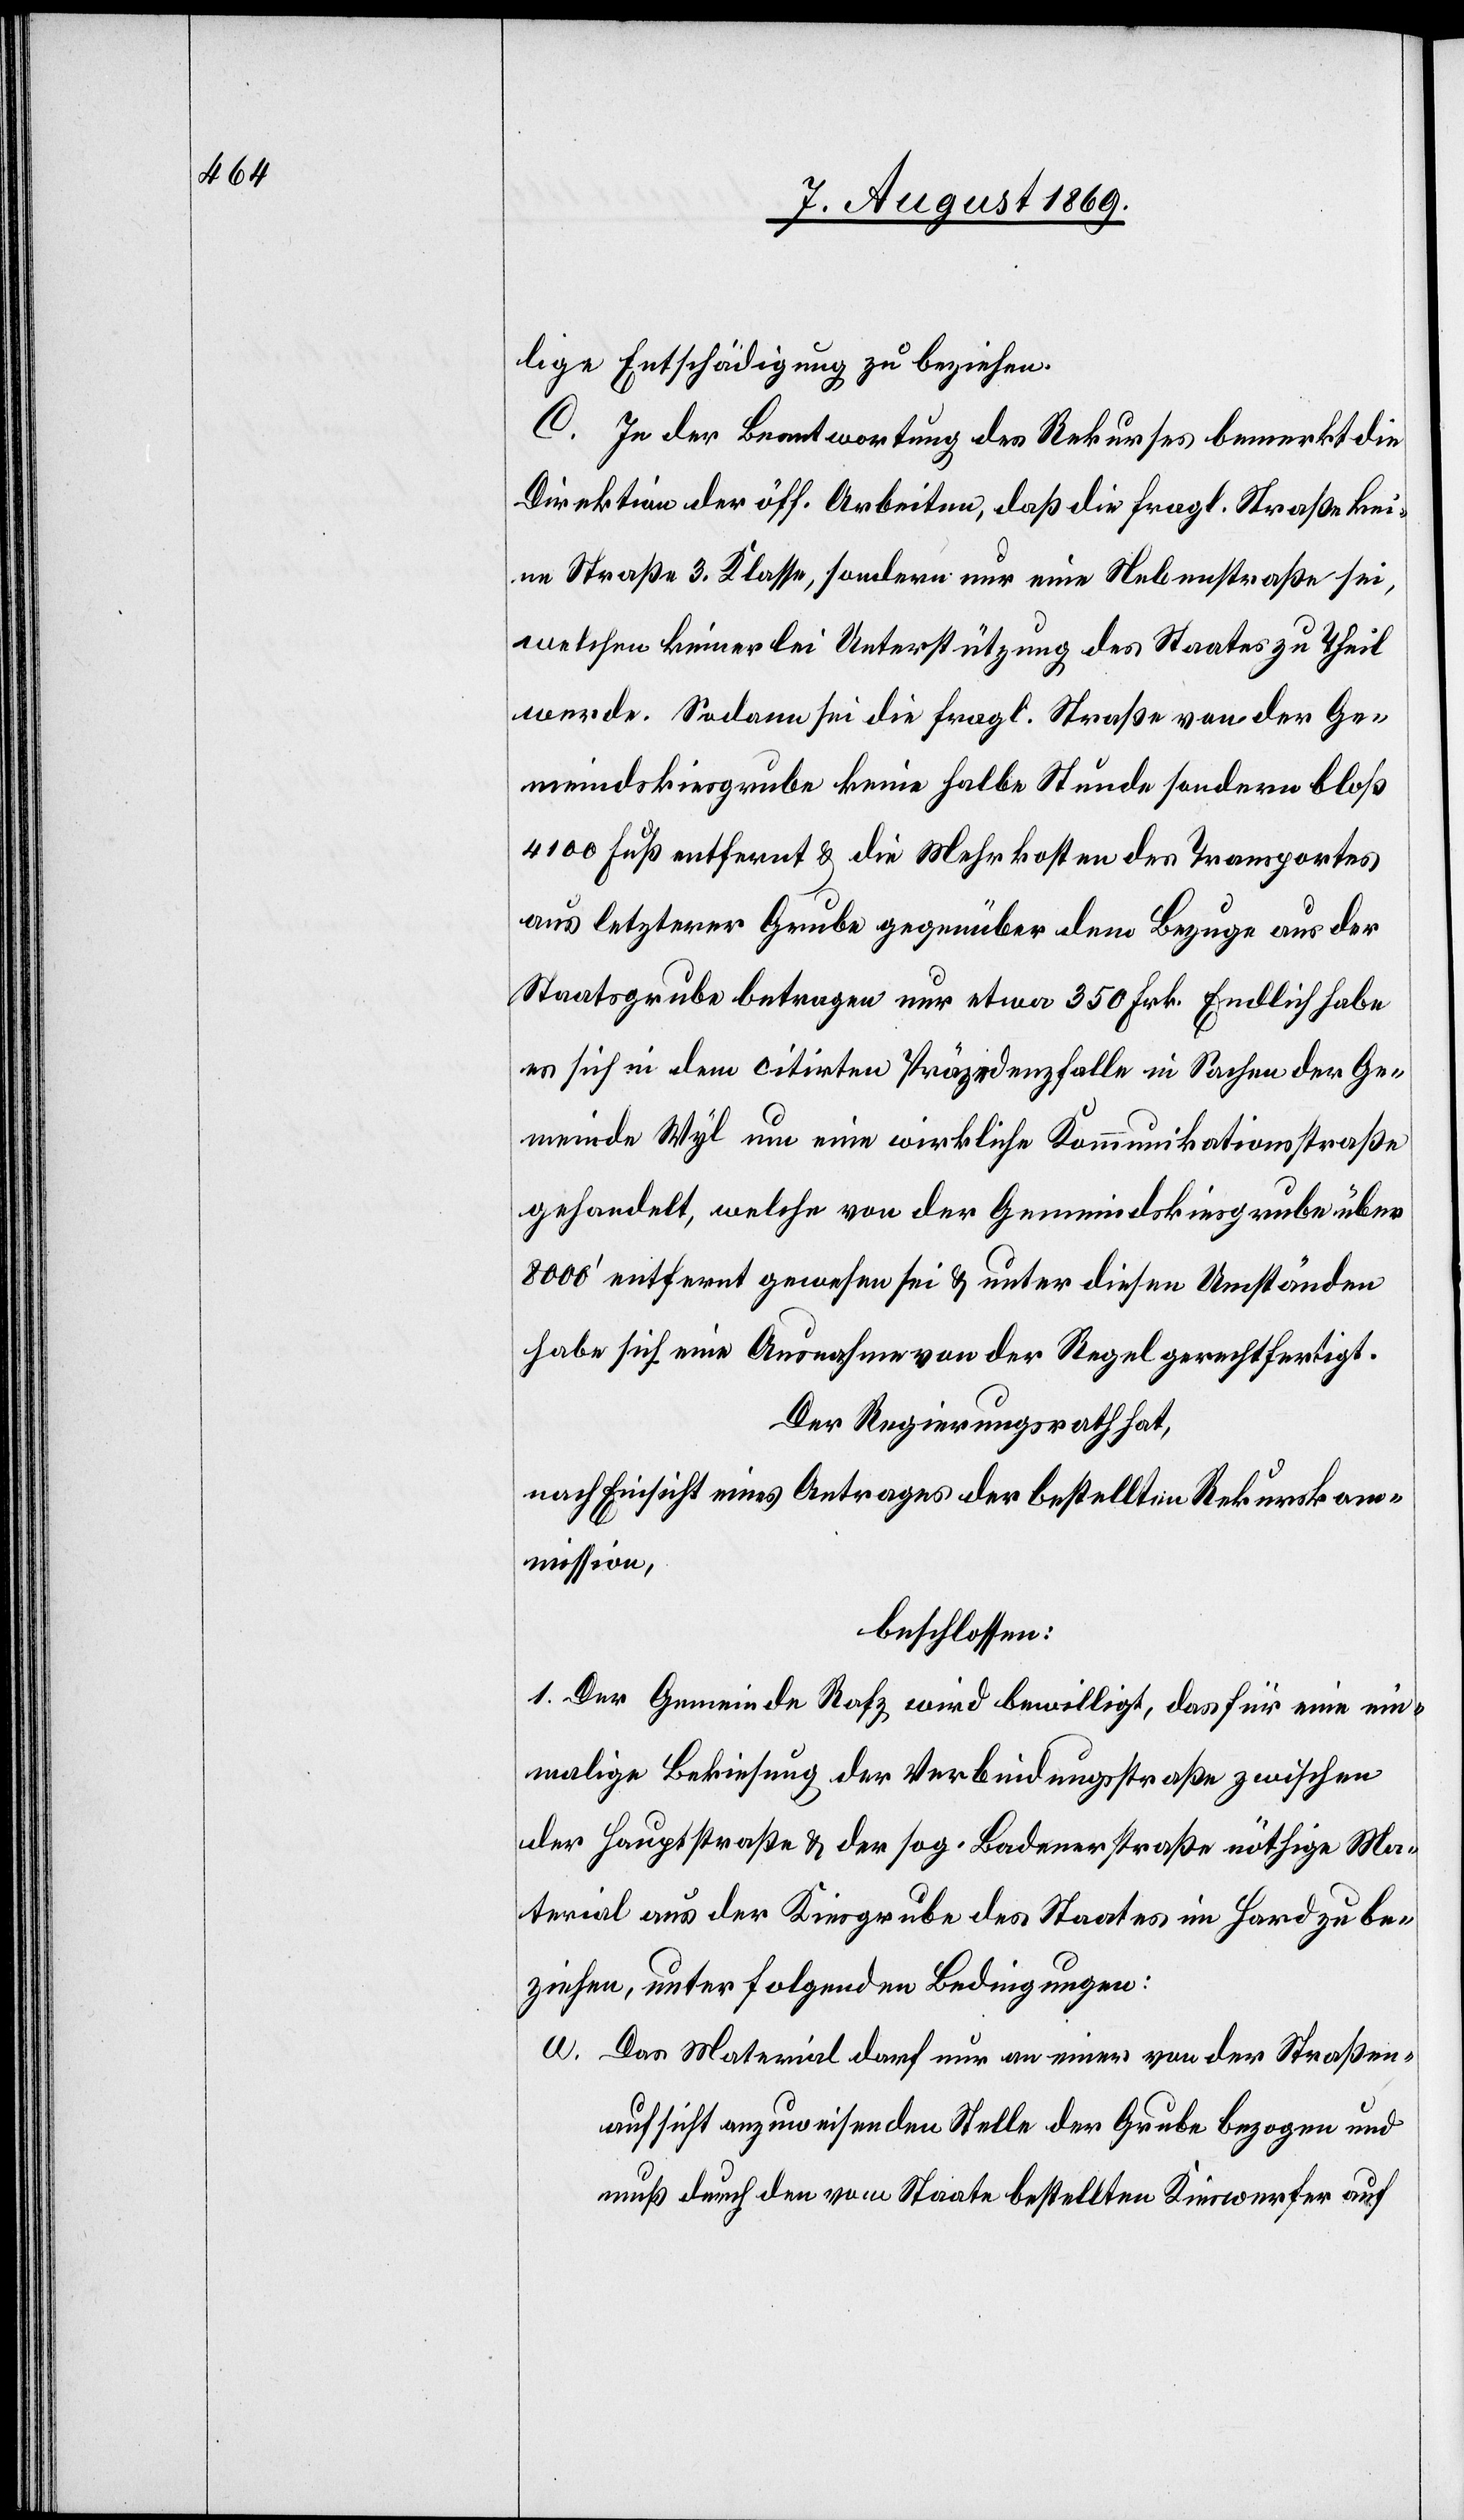
lige Entschädigung zu beziehen.
C. In der Beantwortung des Rekurses bemerkt die
Direktion der öff. Arbeiten, daß die fragl. Straße kei¬
ne Straße 3 Klasse, sondern nur eine Nebenstraße sei,
welchen keinerlei Unterstützung des Staates zu Theil
werde. Sodann sei die fragl. Straße von der Ge¬
meindskiesgrube keine halbe Stunde sondern bloß
4 100 Fuß entfernt & die Mehrkosten des Transportes
aus letzterer Grube gegenüber dem Bezuge aus der
Staatsgrube betrage nur etwa 350 Frk. Endlich habe
es sich in dem citirten Präzedenzfall in Sachen der Ge¬
meinde Wyl um eine wirkliche Kommunikationsstraße
gehandelt, welche von der Gemeindskiesgrube über
8 000’ entfernt gewesen sei & unter diesen Umständen
habe sich eine Ausnahme von der Regel gerechtfertigt.
Der Regierungsrath hat,
nach Einsicht eines Antrages der bestellten Rekurskom¬
mission,
beschlossen:
1. Der Gemeinde Rafz wird bewilligt, das für eine ein¬
malige Bekiesung der Verbindungsstraße zwischen
der Hauptstraße & der sog. Badenerstraße nöthige Ma¬
terial aus der Kiesgrube des Staates im Hard zu be¬
ziehen, unter folgenden Bedingungen:
a. Das Material darf nur an einer von der Straßen¬
aufsicht anzuweisenden Stelle der Grube bezogen und
muß durch den vom Staate bestellten Kieswerfer auf